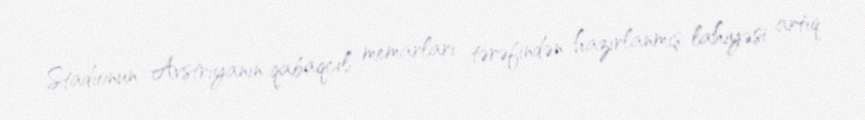
Stadionun Avstriyanın qabaqcıl memarları tərəfindən hazırlanmış lahiyəsi artıq